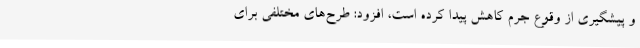
و پیشگیری از وقوع جرم کاهش پیدا کرده است، افزود: طرح‌های مختلفی برای